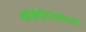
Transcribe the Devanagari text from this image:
काँस्टँटिनोपोलला